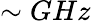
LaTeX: \sim GHz